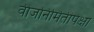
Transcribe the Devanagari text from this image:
वीजनिर्मितीपेक्षा